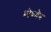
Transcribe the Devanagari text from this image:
मोथमैन